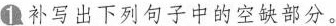
①补写出下列句子中的空缺部分。